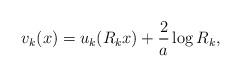
LaTeX: \begin{align*}v_k(x)=u_k(R_kx)+\frac{2}{a}\log R_k,\end{align*}